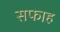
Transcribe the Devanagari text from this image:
सफाह